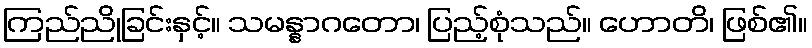
ကြည်ညိုခြင်းနှင့်။ သမန္နာဂတော၊ ပြည့်စုံသည်။ ဟောတိ၊ ဖြစ်၏။